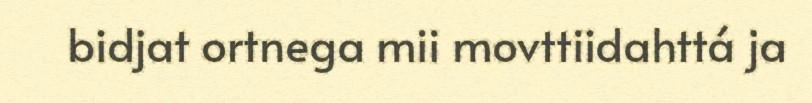
bidjat ortnega mii movttiidahttá ja